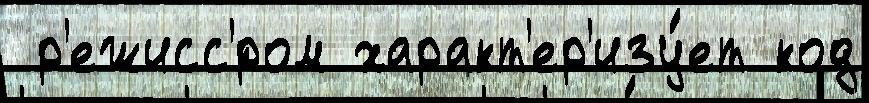
 р'ежисс'́ром характ'ер'изу́ет код